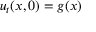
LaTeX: u _ { t } ( x , 0 ) = g ( x )